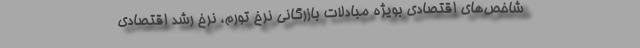
شاخص‌های اقتصادی بویژه مبادلات بازرگانی نرخ تورم، نرخ رشد اقتصادی